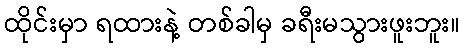
ထိုင်းမှာ ရထားနဲ့ တစ်ခါမှ ခရီးမသွားဖူးဘူး။